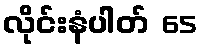
လိုင်းနံပါတ် 65